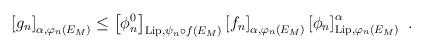
LaTeX: \begin{align*}\left[g_n\right]_{\alpha,\varphi_{n}(E_M)}&\leq\left[\phi^{0}_{n}\right]_{\mathrm{Lip},\psi_n\circ f(E_M)}\left[f_n\right]_{\alpha,\varphi_{n}(E_M)}\left[\phi_{n}\right]_{\mathrm{Lip},\varphi_{n}(E_M)}^\alpha \ . \end{align*}